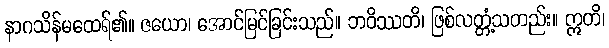
နာဂသိန်မထေရ်၏။ ဇယော၊ အောင်မြင်ခြင်းသည်။ ဘဝိဿတိ၊ ဖြစ်လတ္တံ့သတည်း။ ဣတိ၊